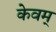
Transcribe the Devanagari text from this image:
केवम्